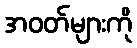
အဝတ်များကို